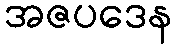
အဇပဒေန